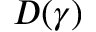
D ( \gamma )